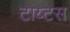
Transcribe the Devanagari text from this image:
टाय्टस